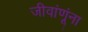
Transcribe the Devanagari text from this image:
जीवांणूंना